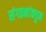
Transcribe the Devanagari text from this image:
संगठनांकडून